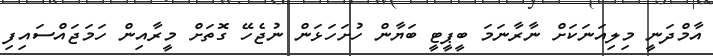
އާމްދަނީ މިލިއަނަކަށް ނާރާނަމަ ބީޕީޓީ ބަޔާން ހުށަހަޅަން ނުޖެހޭ ގޮތަށް މީރާއިން ހަމަޖައްސައިފި